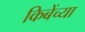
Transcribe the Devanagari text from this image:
किबेंच्या